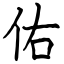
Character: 佑